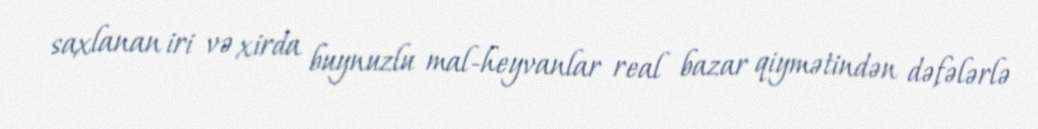
saxlanan iri və xirda buynuzlu mal-heyvanlar real bazar qiymətindən dəfələrlə